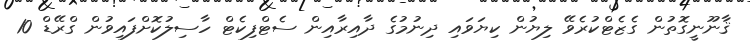
ޤާނޫނީގޮތުން ގެޒެޓްކުރެވޭ ލިޔުން ކިޔަވައި ދިނުމުގެ ދާއިރާއިން ސެޓްފިކެޓް ހާސިލުކޮށްފައިވުން ގްރޭޑް 10